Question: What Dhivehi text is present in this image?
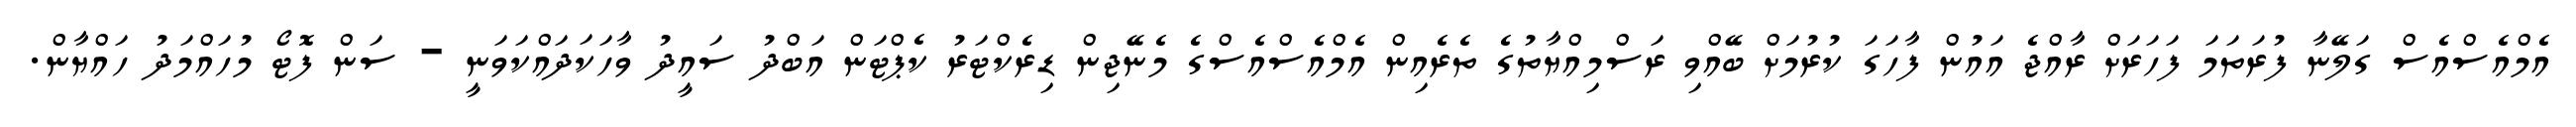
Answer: އެމްއެސްއެސް ގަލޭނާ ފުރަތަމަ ފަހަރަށް ރާއްޖެ އައުން ފާހަގަ ކުރުމަށް ބޭއްވި ރަސްމިއްޔާތުގެ ތެރެއިން އެމްއެސްއެސްގެ މެނޭޖިން ޑިރެކްޓަރު ކެޕްޓަން އަބްދު ސައީދު ވާހަކަދައްކަވަނީ - ސަން ފޮޓޯ މުހައްމަދު ހައްޔާން.